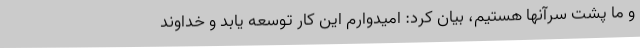
و ما پشت سرآنها هستیم، بیان کرد: امیدوارم این کار توسعه یابد و خداوند